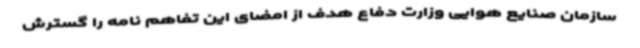
سازمان صنایع هوایی وزارت دفاع ‌هدف از امضای این تفاهم نامه را گسترش